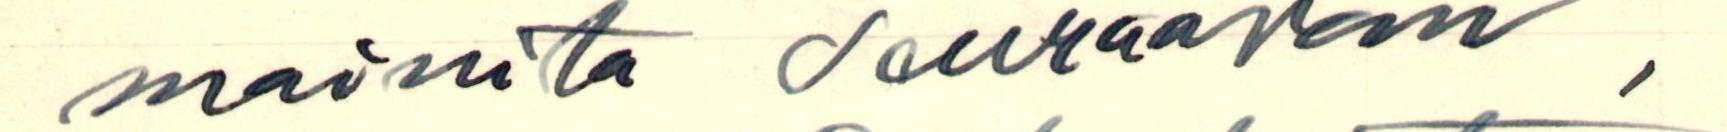
mainita seuraavan,